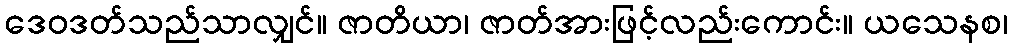
ဒေဝဒတ်သည်သာလျှင်။ ဇာတိယာ၊ ဇာတ်အားဖြင့်လည်းကောင်း။ ယသေနစ၊